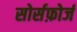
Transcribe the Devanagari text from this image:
सोर्सफ़ोर्ज